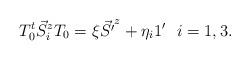
LaTeX: \begin{align*}T_0^{t} \vec{S}^z_i T_0 = \xi \vec{S' }^z +\eta_i 1' \ \ i = 1,3. \end{align*}